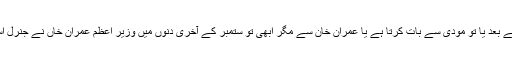
اس کا کچھ کچھ اثر امریکی صدر ٹرمپ پر تو مرتب ہوا ہے اور اب وہ ہر چوبیس گھنٹے بعد یا تو مودی سے بات کرتا ہے یا عمران خان سے مگر ابھی تو ستمبر کے آخری دنوں میں وزیر اعظم عمران خاں نے جنرل اسمبلی سے خطاب کرنا ہے، ان کی تقریر سننے کا انتظار ہر بڑے عالمی راہنما کو ہے۔